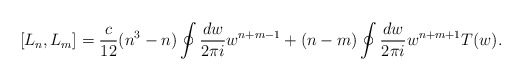
\begin{align*}[L_{n},L_{m}]=\frac{c}{12}(n^{3}-n)\oint\frac{dw}{2\pi i}w^{n+m-1} +(n-m)\oint\frac{dw}{2\pi i}w^{n+m+1}T(w).\end{align*}